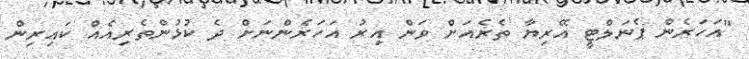
"އަހަރެން ޕެނަލްޓީ އޭރިޔާ ތެރެއަށް ވަން އިރު އަހަރެެންނަށް ދެ ކުޅުންތެރިއެއް ކައިރިން